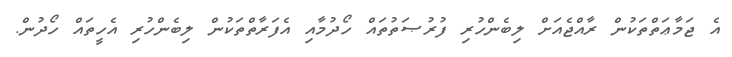
އެ ޖަމާޢަތްތަކުން ރާއްޖެއަށް ލިބެންހުރި ފުރުޞަތުތައް ހޯދުމާއި އެފަރާތްތަކުން ލިބެންހުރި އެހީތައް ހޯދުން.